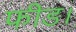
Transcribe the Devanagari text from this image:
फीड।